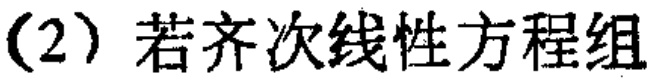
(2) 若齐次线性方程组